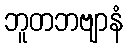
ဘူတဘဗျာနံ